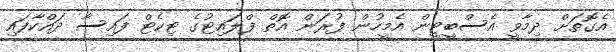
އެގޮތަށް ދިމާވީ އެސްބީޓީން އެމީހުން ފުރަން އޮތް ފްލައިޓުގެ ޓިކެޓް ފައިސާ ދައްކާފައި